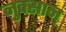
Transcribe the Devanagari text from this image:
नुक्सान्